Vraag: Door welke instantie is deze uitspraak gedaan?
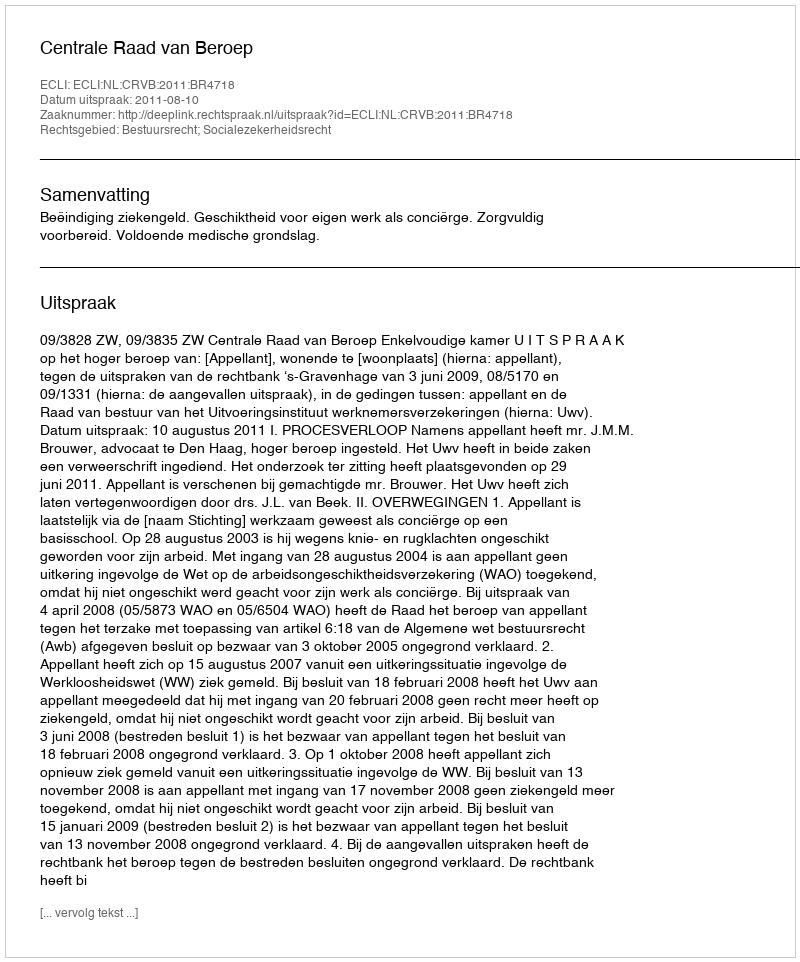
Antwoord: Centrale Raad van Beroep